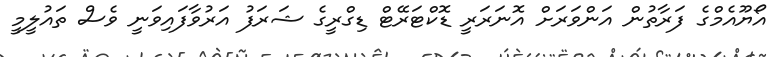
އޯޔޫއެމްގެ ފަރާތުން އަންވަރަށް އޮނަރަރީ ޑޮކްޓަރޭޓް ޑިގްރީގެ ޝަރަފު އަރުވާފައިވަނީ ވެސް ތައުލީމީ